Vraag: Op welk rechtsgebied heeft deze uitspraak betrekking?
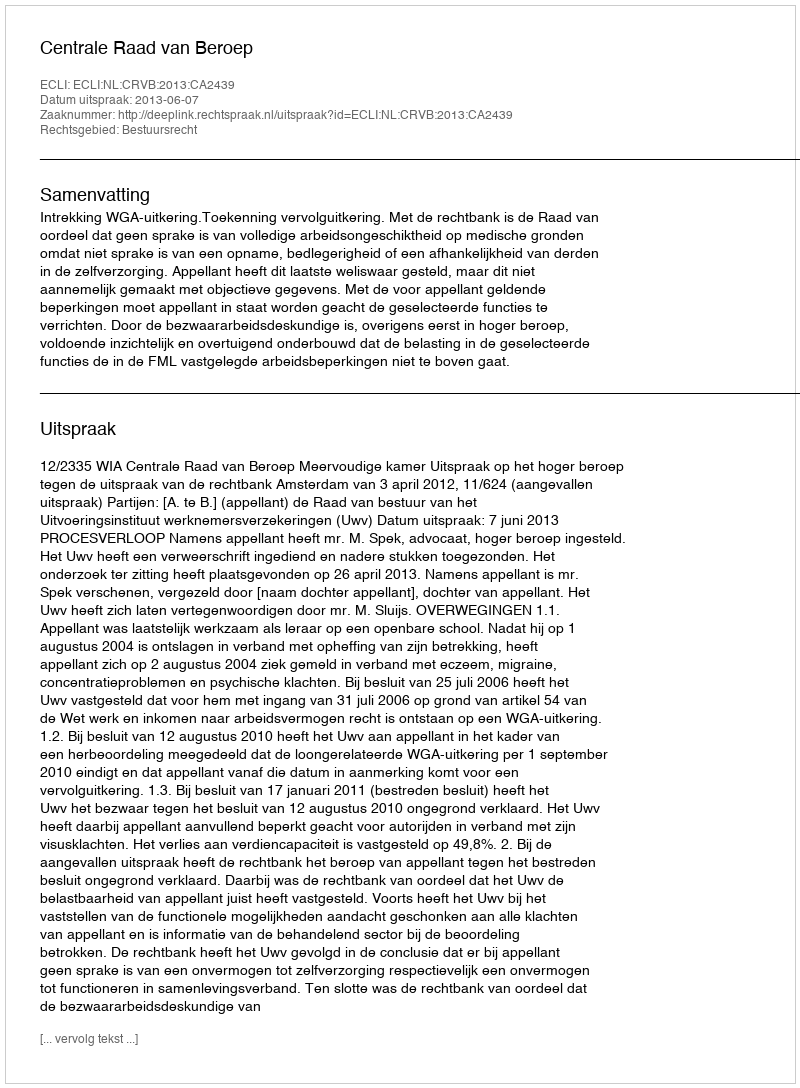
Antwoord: Bestuursrecht